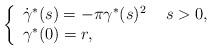
LaTeX: \begin{align*}\left\{\begin{array}{ll}\dot{\gamma}^\ast(s)=-\pi\gamma^\ast(s)^2 & \ s>0, \\\gamma^\ast(0)=r, & \end{array}\right.\end{align*}